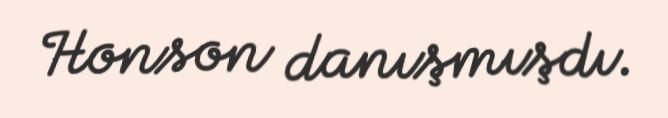
Honson danışmışdı.